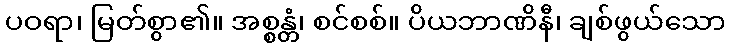
ပဝရာ၊ မြတ်စွာ၏။ အစ္စန္တံ၊ စင်စစ်။ ပိယဘာဏိနီ၊ ချစ်ဖွယ်သော